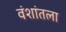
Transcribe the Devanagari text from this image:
वंशांतला